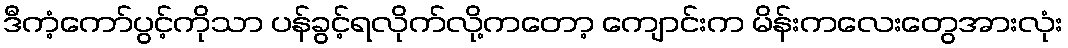
ဒီကံ့ကော်ပွင့်ကိုသာ ပန်ခွင့်ရလိုက်လို့ကတော့ ကျောင်းက မိန်းကလေးတွေအားလုံး